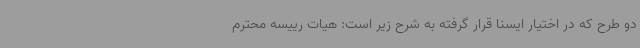
دو طرح که در اختیار ایسنا قرار گرفته به شرح زیر است: هیات رییسه محترم